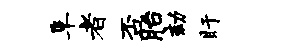
阜者否胎劾盱